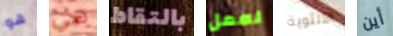
هو هي بالتقاط لعمل الأنثوية أين